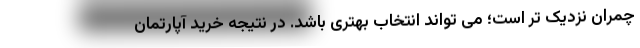
چمران نزدیک تر است؛ می تواند انتخاب بهتری باشد. در نتیجه خرید آپارتمان